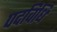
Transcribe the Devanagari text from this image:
पदविधि